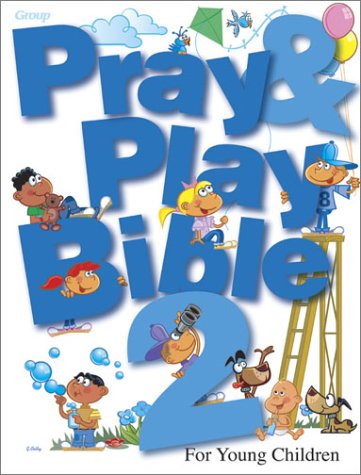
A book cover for Pray & Play Bible 2: For Young Children; Group Publishing; Christian Books & Bibles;